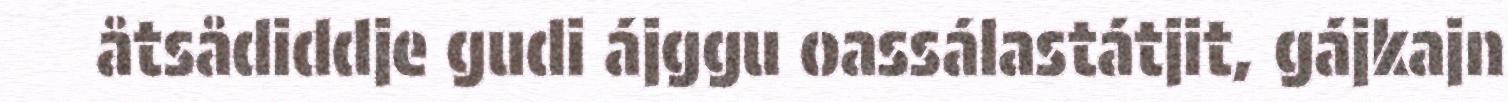
åtsådiddje gudi ájggu oassálastátjit, gájkajn